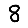
Digit: 8